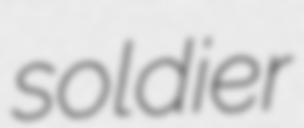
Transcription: soldier